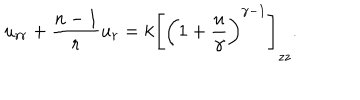
u _ { r r } + { \frac { n - 1 } { r } } u _ { r } = k \left[ \left( 1 + { \frac { u } { \gamma } } \right) ^ { \gamma - 1 } \right] _ { z z } .